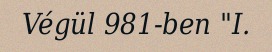
Végül 981-ben "I.